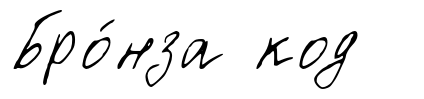
Бро́нза код